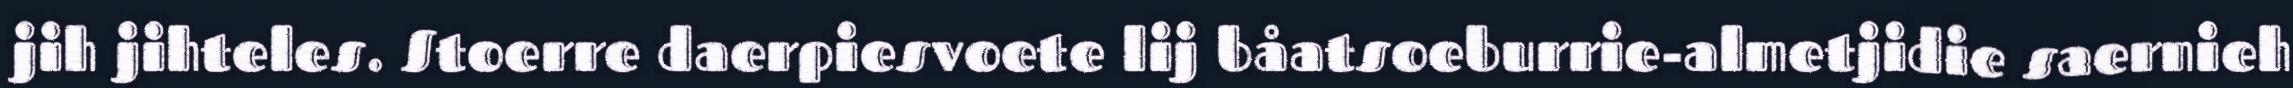
jih jihteles. Stoerre daerpiesvoete lij båatsoeburrie-almetjidie saernieh